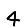
Digit: 4